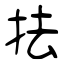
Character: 抾